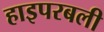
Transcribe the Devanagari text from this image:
हाइपरबली